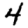
Digit: 4